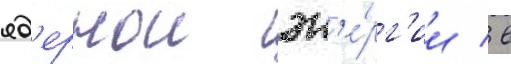
яд'ернои эн'е́рг'ии / в